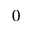
0